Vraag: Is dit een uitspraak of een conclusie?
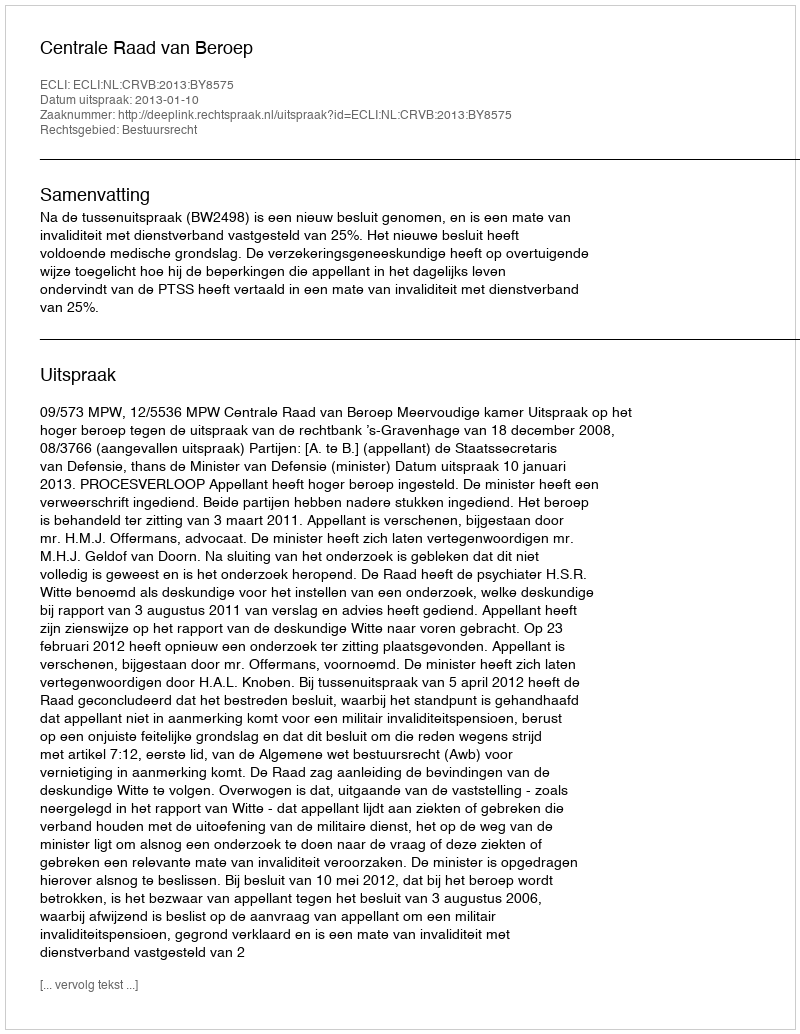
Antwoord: Uitspraak